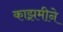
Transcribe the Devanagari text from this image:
काझमीने